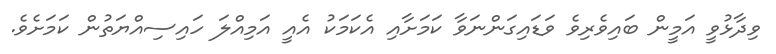
ވިދާޅުވީ އަމީން ބައިވެރިވެ ވަޑައިގަންނަވާ ކަމަށާއި އެކަމަކު އެއީ އަމިއްލަ ހައިސިއްޔަތުން ކަމަށެވެ.